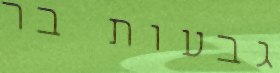
גבעות בר